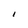
Character: I